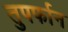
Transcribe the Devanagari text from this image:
तुपर्फान